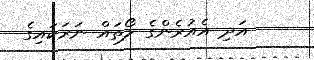
އަދި އެއުރެންގެ ލޯތައް ނަރަކައިގެ